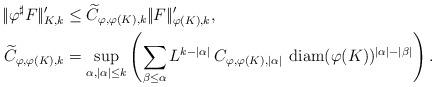
LaTeX: \begin{align*} |\!|\varphi^{\sharp} F|\!|'_{K,k}&\le \widetilde C_{\varphi,\varphi(K),k} |\!|F|\!|'_{\varphi(K),k},\\ \widetilde C_{\varphi,\varphi(K),k}&= \sup_{\alpha,|\alpha|\le k}\left(\sum_{\beta\le \alpha} L^{k-|\alpha|}\:C_{\varphi,\varphi(K),|\alpha|}\:\operatorname {diam}(\varphi(K))^{|\alpha|-|\beta|}\right).\end{align*}